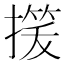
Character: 𢳓